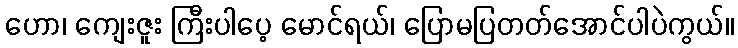
ဟော၊ ကျေးဇူး ကြီးပါပေ့ မောင်ရယ်၊ ပြောမပြတတ်အောင်ပါပဲကွယ်။